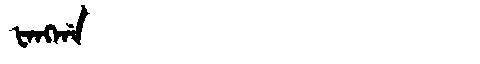
Manchu: ᡶᠠᠩᡤᠠ
Romanization: FANGGA